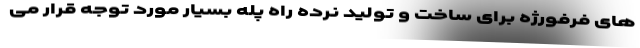
های فرفورژه برای ساخت و تولید نرده راه پله بسیار مورد توجه قرار می